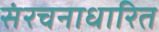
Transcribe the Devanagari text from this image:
संरचनाधारित